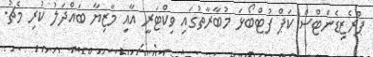
ޕްރެޒިޑެންޓްސް ކަޕް ފުޓްބޯޅަ މުބާރާތުގައި ވިކްޓަރީ އާއި މާޒިޔާ ބައްދަލު ކުރި މެޗު.